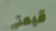
قيمتي